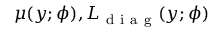
\mu ( y ; \phi ) , L _ { \mathrm { ~ d ~ i ~ a ~ g ~ } } ( y ; \phi )